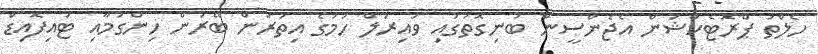
ހެލްތު ޕްރޮޓެކްޝަން އެޖެންސީން ބުނިގޮތުގައި ވައިރަލް ހުމުގެ އިތުރުން ބޭރަން ހިންގުމާއި ޓައިފޮއިޑް